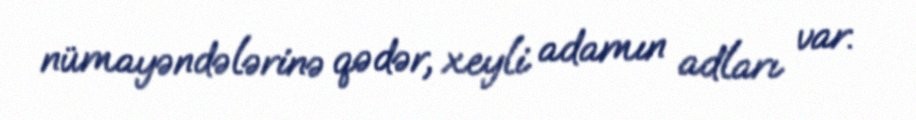
nümayəndələrinə qədər, xeyli adamın adları var.